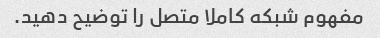
مفهوم شبکه کاملا متصل را توضیح دهید.